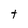
Character: t